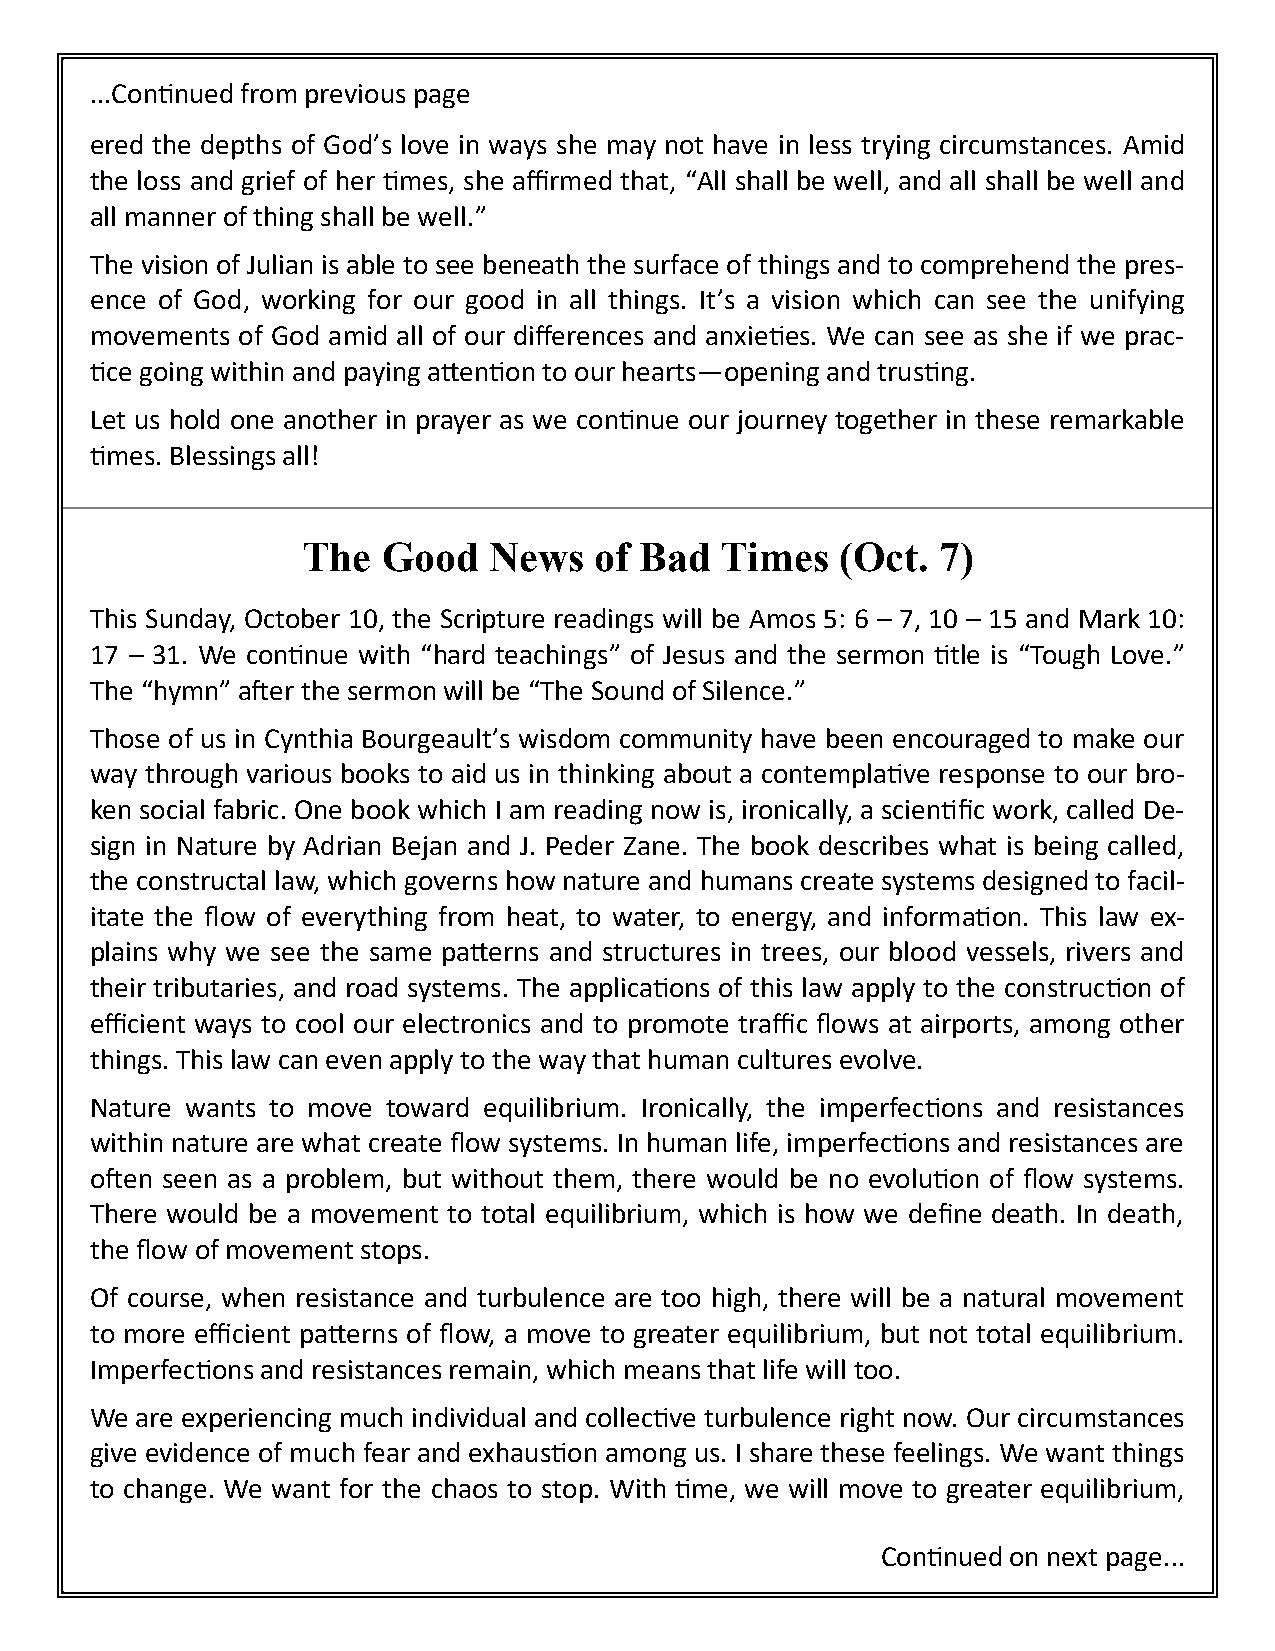
...Continued from previous page
 ered the depths of God’s love in ways she may not have in less trying circumstances. Amid
 the loss and grief of her times, she affirmed that, “All shall be well, and all shall be well and
 all manner of thing shall be well.”
 The vision of Julian is able to see beneath the surface of things and to comprehend the pres-
 ence of God, working for our good in all things. It’s a vision which can see the unifying
 movements of God amid all of our differences and anxieties. We can see as she if we prac-
 tice going within and paying attention to our hearts—opening and trusting.
 Let us hold one another in prayer as we continue our journey together in these remarkable
 times. Blessings all!
 The  Good   News   of Bad   Times   (Oct. 7)
 This Sunday, October 10, the Scripture readings will be Amos 5: 6 – 7, 10 – 15 and Mark 10:
 17 – 31. We continue with “hard teachings” of Jesus and the sermon title is “Tough Love.”
 The “hymn” after the sermon will be “The Sound of Silence.”
 Those of us in Cynthia Bourgeault’s wisdom community have been encouraged to make our
 way through various books to aid us in thinking about a contemplative response to our bro-
 ken social fabric. One book which I am reading now is, ironically, a scientific work, called De-
 sign in Nature by Adrian Bejan and J. Peder Zane. The book describes what is being called,
 the constructal law, which governs how nature and humans create systems designed to facil-
 itate the flow of everything from heat, to water, to energy, and information. This law ex-
 plains why we see the same patterns and structures in trees, our blood vessels, rivers and
 their tributaries, and road systems. The applications of this law apply to the construction of
 efficient ways to cool our electronics and to promote traffic flows at airports, among other
 things. This law can even apply to the way that human cultures evolve.
 Nature wants to move toward equilibrium. Ironically, the imperfections and resistances
 within nature are what create flow systems. In human life, imperfections and resistances are
 often seen as a problem, but without them, there would be no evolution of flow systems.
 There would be a movement to total equilibrium, which is how we define death. In death,
 the flow of movement stops.
 Of course, when resistance and turbulence are too high, there will be a natural movement
 to more efficient patterns of flow, a move to greater equilibrium, but not total equilibrium.
 Imperfections and resistances remain, which means that life will too.
 We are experiencing much individual and collective turbulence right now. Our circumstances
 give evidence of much fear and exhaustion among us. I share these feelings. We want things
 to change. We want for the chaos to stop. With time, we will move to greater equilibrium,
 Continued on next page...